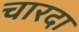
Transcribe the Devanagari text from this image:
चारदा